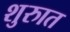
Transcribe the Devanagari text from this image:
शुरुात